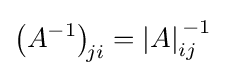
{\bigl (}A^{-1}{\bigr )}_{\!ji}=\left|A\right|_{ij}^{\,-1}